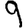
Digit: 9